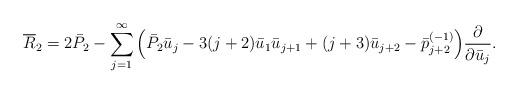
LaTeX: \begin{gather*}\overline{R}_2=2\bar{P}_2-\sum\limits_{j=1}^{\infty}\Big(\bar{P}_2\bar{u}_j-3(j+2)\bar{u}_1\bar{u}_{j+1}+(j+3)\bar{u}_{j+2}-\bar{p}_{j+2}^{(-1)}\Big)\frac{\partial}{\partial \bar{u}_j}.\end{gather*}